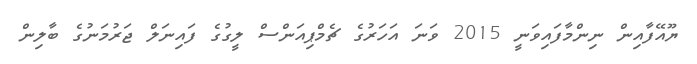
ޔޫއޭފާއިން ނިންމާފައިވަނީ 2015 ވަނަ އަހަރުގެ ޗެމްޕިއަންސް ލީގުގެ ފައިނަލް ޖަރުމަނުގެ ބާލިން